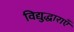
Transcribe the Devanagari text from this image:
विद्युद्धाराएँ